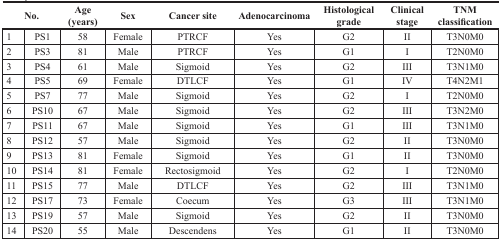
| <COLSPAN=2> No. | Age (years) | Sex | Cancer site | Adenocarcinoma | Histological grade | Clinical stage | TNM classification |
 | --- | --- | --- | --- | --- | --- | --- | --- | --- |
 | 1 | PS1 | 58 | Female | PTRCF | Yes | G2 | II | T3N0M0 |
 | 2 | PS3 | 81 | Male | PTRCF | Yes | G1 | I | T2N0M0 |
 | 3 | PS4 | 61 | Male | Sigmoid | Yes | G2 | III | T3N1M0 |
 | 4 | PS5 | 69 | Female | DTLCF | Yes | G1 | IV | T4N2M1 |
 | 5 | PS7 | 77 | Male | Sigmoid | Yes | G2 | I | T2N0M0 |
 | 6 | PS10 | 67 | Male | Sigmoid | Yes | G2 | III | T3N2M0 |
 | 7 | PS11 | 67 | Male | Sigmoid | Yes | G1 | III | T3N1M0 |
 | 8 | PS12 | 57 | Male | Sigmoid | Yes | G2 | II | T3N0M0 |
 | 9 | PS13 | 81 | Female | Sigmoid | Yes | G1 | II | T3N0M0 |
 | 10 | PS14 | 81 | Female | Rectosigmoid | Yes | G2 | I | T2N0M0 |
 | 11 | PS15 | 77 | Male | DTLCF | Yes | G2 | III | T3N1M0 |
 | 12 | PS17 | 73 | Female | Coecum | Yes | G3 | III | T3N1M0 |
 | 13 | PS19 | 57 | Male | Sigmoid | Yes | G2 | II | T3N0M0 |
 | 14 | PS20 | 55 | Male | Descendens | Yes | G1 | II | T3N0M0 |